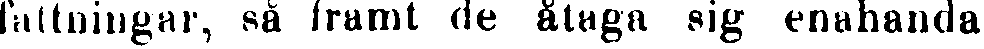
fattningar, så framt de åtaga sig enahanda